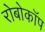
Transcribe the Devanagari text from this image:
रोबोकॉप